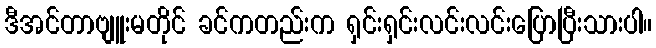
ဒီအင်တာဗျူးမတိုင် ခင်ကတည်းက ရှင်းရှင်းလင်းလင်းပြောပြီးသားပါ။